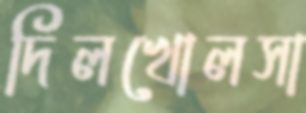
দিলখোলসা